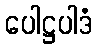
ပေါဋ္ဌပါဒံ